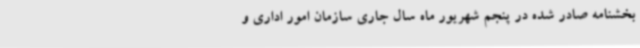
بخشنامه صادر شده در پنجم شهریور ماه سال جاری سازمان امور اداری و